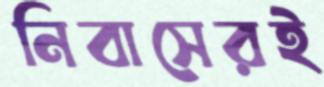
নিবাসেরই